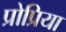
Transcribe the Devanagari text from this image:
प्रोप्रिया